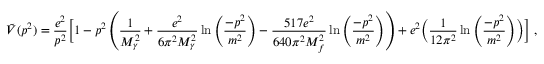
\tilde { V } ( p ^ { 2 } ) = \frac { e ^ { 2 } } { p ^ { 2 } } \biggl [ 1 - p ^ { 2 } \left( \frac { 1 } { M _ { \gamma } ^ { 2 } } + \frac { e ^ { 2 } } { 6 \pi ^ { 2 } M _ { \gamma } ^ { 2 } } \ln \left( \frac { - p ^ { 2 } } { m ^ { 2 } } \right) - \frac { 5 1 7 e ^ { 2 } } { 6 4 0 \pi ^ { 2 } M _ { f } ^ { 2 } } \ln \left( \frac { - p ^ { 2 } } { m ^ { 2 } } \right) \right) + e ^ { 2 } \biggl ( \frac { 1 } { 1 2 \pi ^ { 2 } } \ln \left( \frac { - p ^ { 2 } } { m ^ { 2 } } \right) \biggr ) \biggr ] \ ,